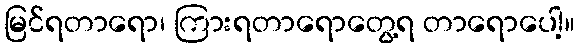
မြင်ရတာရော၊ ကြားရတာရောတွေ့ရ တာရောပေါ့။